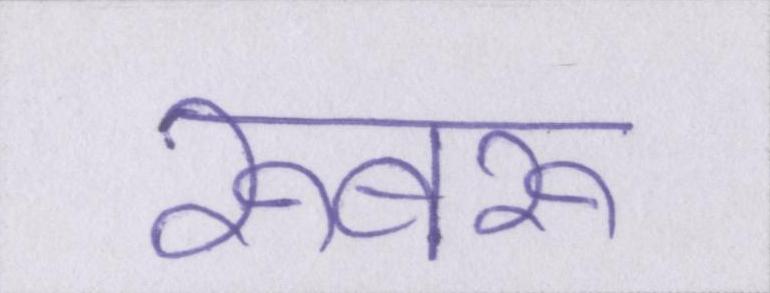
रूबरू